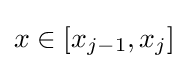
x\in [x_{j-1},x_{j}]